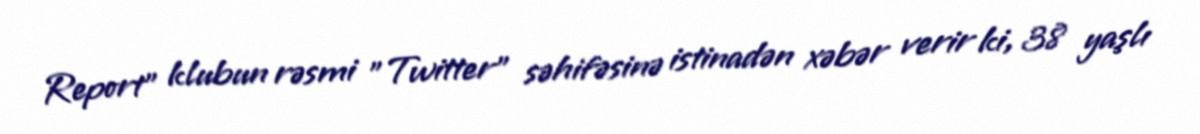
Report" klubun rəsmi "Twitter" səhifəsinə istinadən xəbər verir ki, 38 yaşlı